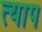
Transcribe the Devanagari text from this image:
त्याप